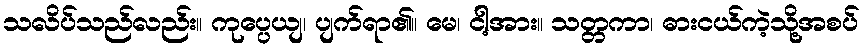
သလိပ်သည်လည်း။ ကုပ္ပေယျ၊ ပျက်ရာ၏။ မေ၊ ငါ့အား။ သတ္တကာ၊ ဓားငယ်ကဲ့သို့အစပ်